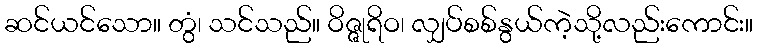
ဆင်ယင်သော။ တွံ၊ သင်သည်။ ဝိဇ္ဇုရိဝ၊ လျှပ်စစ်နွယ်ကဲ့သို့လည်းကောင်း။